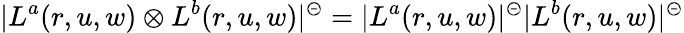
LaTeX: |L^{a}(r,u,w)\otimes L^{b}(r,u,w)|^{\circleddash}=|L^{a}(r,u,w)|^{\circleddash}|L^{b}(r,u,w)|^{\circleddash}